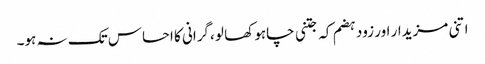
اتنی مزیدار اور زود ہضم کہ جتنی چاہو کھا لو ،گرانی کا احساس تک نہ ہو۔